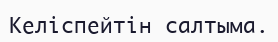
Келіспейтін салтыма.